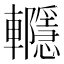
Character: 𨏱